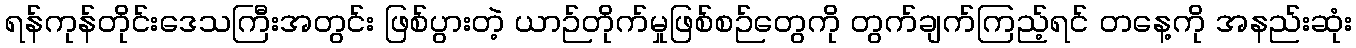
ရန်ကုန်တိုင်းဒေသကြီးအတွင်း ဖြစ်ပွားတဲ့ ယာဉ်တိုက်မှုဖြစ်စဉ်တွေကို တွက်ချက်ကြည့်ရင် တနေ့ကို အနည်းဆုံး